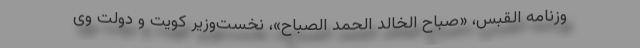
وزنامه القبس، «صباح الخالد الحمد الصباح»، نخست‌وزیر کویت و دولت وی